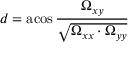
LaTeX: d = \operatorname { a c o s } { \frac { \Omega _ { x y } } { \sqrt { \Omega _ { x x } \cdot \Omega _ { y y } } } }